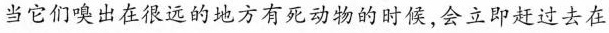
当它们嗅出在很远的地方有死动物的时候，会立即赶过去在